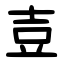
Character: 壴